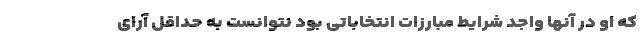
که او در آنها واجد شرایط مبارزات انتخاباتی بود نتوانست به حداقل آرای